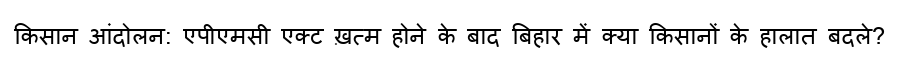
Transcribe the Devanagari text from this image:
किसान आंदोलन: एपीएमसी एक्ट ख़त्म होने के बाद बिहार में क्या किसानों के हालात बदले?